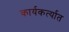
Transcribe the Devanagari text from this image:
कार्यकर्त्‍यात